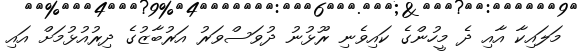
މަލައިކާ އާއި ދެ މީހުންގެ ކައިވެނި ރޫޅުނު ދުވަސްވަރު އަރުބާޒުގެ ދިރުއުޅުމަށް އައި